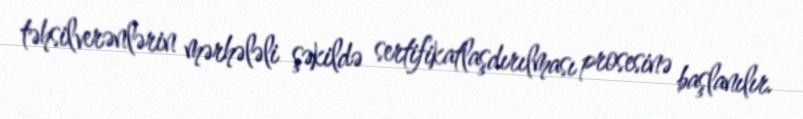
təhsilverənlərin mərhələli şəkildə sertifikatlaşdırılması prosesinə başlanılır.